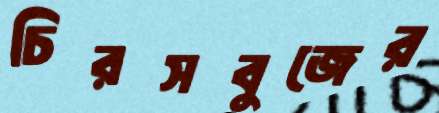
চিরসবুজের